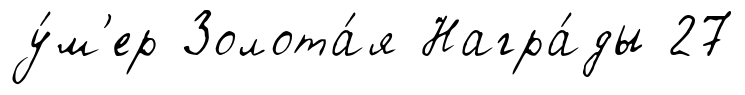
у́м'ер Золота́я Награ́ды 27